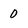
Character: 0